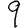
Digit: 9